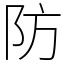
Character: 防